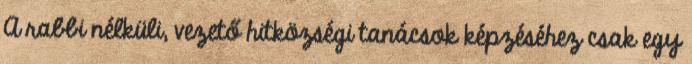
A rabbi nélküli, vezető hitközségi tanácsok képzéséhez csak egy